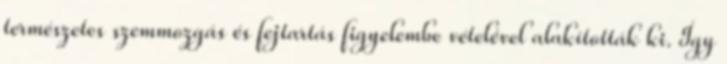
természetes szemmozgás és fejtartás figyelembe vételével alakították ki. Így